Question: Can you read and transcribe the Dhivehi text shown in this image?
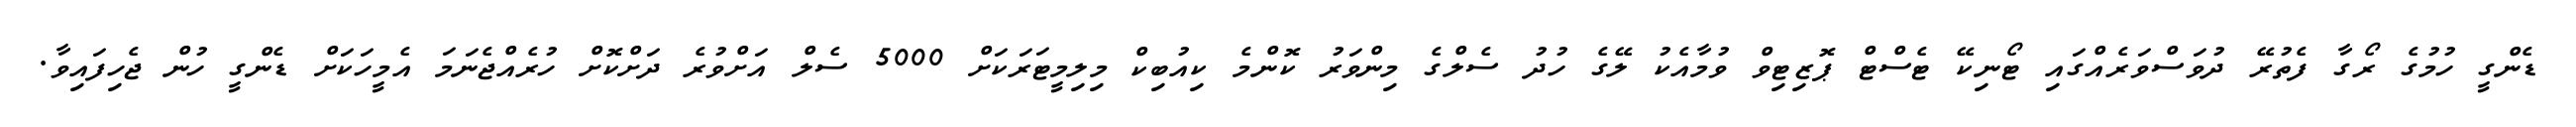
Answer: ޑެންގީ ހުމުގެ ރޯގާ ފެތުރޭ ދުވަސްވަރެއްގައި ޓޯނިކޭ ޓެސްޓް ޕޮޒިޓިވް ވުމާއެކު ލޭގެ ހުދު ސެލްގެ މިންވަރު ކޮންމެ ކިއުބިކް މިލިމީޓަރަކަށް 5000 ސެލް އަށްވުރެ ދަށްކޮށް ހުރެއްޖެނަމަ އެމީހަކަށް ޑެންގީ ހުން ޖެހިފައިވާ.